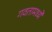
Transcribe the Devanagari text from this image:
गवतामध्ये